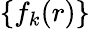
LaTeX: \{ f_{k}(r)\}